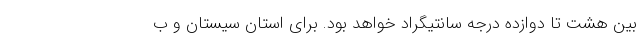
بین هشت تا دوازده درجه سانتیگراد خواهد بود. برای استان سیستان و ب